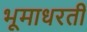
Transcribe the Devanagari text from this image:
भूमाधरती